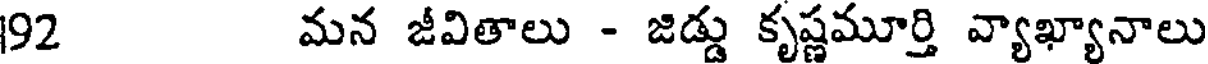
92 మన జీవితాలు - జిడ్డు కృష్ణమూర్తి వ్యాఖ్యానాలు